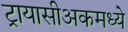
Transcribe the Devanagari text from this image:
ट्रायासीअकमध्ये